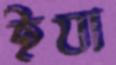
ইযা